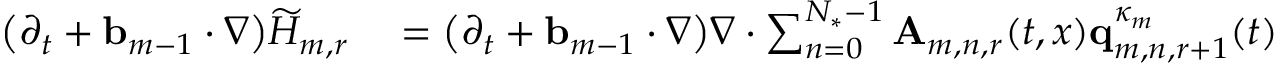
\begin{array} { r l } { \bigl ( \partial _ { t } + \ensuremath { \mathbf { b } } _ { m - 1 } \cdot \nabla \bigr ) \widetilde { H } _ { m , r } } & { { } = \bigl ( \partial _ { t } + \ensuremath { \mathbf { b } } _ { m - 1 } \cdot \nabla \bigr ) \nabla \cdot \sum _ { n = 0 } ^ { N _ { * } - 1 } \mathbf { A } _ { m , n , r } ( t , x ) \mathbf { q } _ { m , n , r + 1 } ^ { \kappa _ { m } } ( t ) } \end{array}